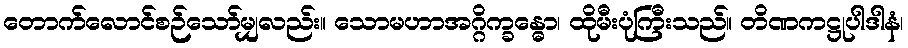
တောက်လောင်စဉ်သော်မျှလည်း။ သောမဟာအဂ္ဂိက္ခန္ဓော၊ ထိုမီးပုံကြီးသည်။ တိဏကဋ္ဌုပါဒါနံ၊